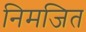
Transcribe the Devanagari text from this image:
निमजित